Report on the cholera epidemic of
Year: 1868
Disease focus: Cholera
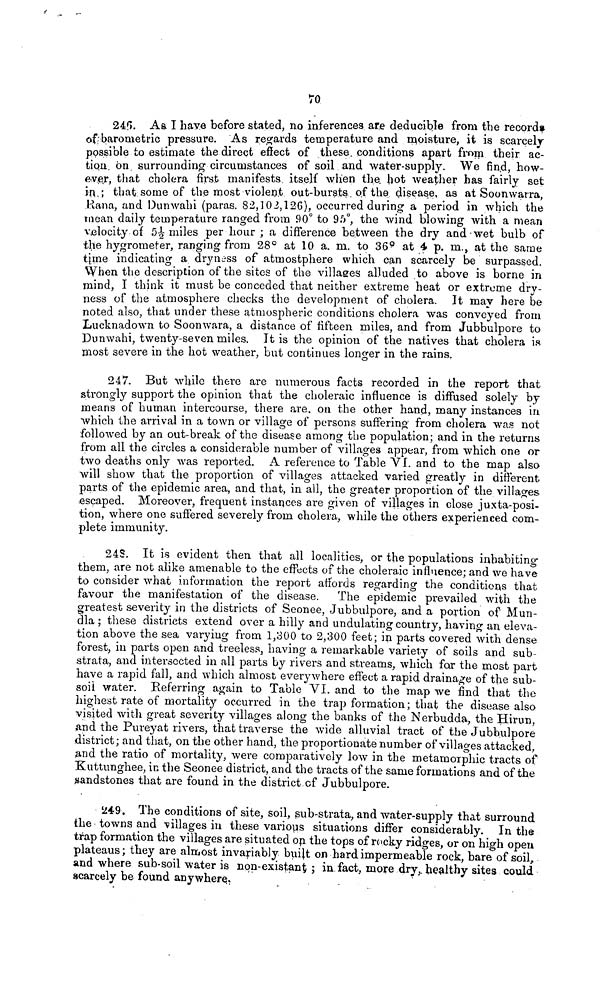
70
246. As. I have before stated, no inferences are deducible from the record*
of barometric pressure. As regards temperature and moisture, it is scarcely-
possible to estimate the direct effect of these, conditions apart from their ac-
tiQii on surrounding circumstances of soil and water-supply. We find, how-
ever, that cholera first manifests, itself when the hot weather has fairly set
in; that some of the most violent out-bursts of the disease, as at Soonwarra,
liana, and Dunwahi (paras. 82,103,126), occurred during a period in which the
mean daily temperature ranged from 90° to 95°, the wind blowing with a mean
velocity of ½ miles per hour ; a difference between the dry and wet bulb of
the hygrometer, ranging from 28° at 10 a. m. to 36 o at 4 p. m., at the same
time indicating a dryness of atmostphere which can scarcely be surpassed.
When the description of the sites of the villages alluded to above is borne in
mind, I think it must be conceded that neither extreme heat or extreme dry-
ness of the atmosphere checks the development of cholera. It may here be
noted also, that under these atmospheric conditions cholera was conveyed from
Lucknadown to Soonwara, a distance of fifteen miles, and from Jubbulpore to
Dunwahi, twenty-seven miles. It is the opinion of the natives that cholera is
most severe in the hot weather, but continues longer in the rains.
247. But while there are numerous facts recorded in the report that
strongly support the opinion that the choleraic influence is diffused solely by
means of human intercourse, there are, on the other hand, many instances in
which the arrival in a town or village of persons suffering from cholera was not
followed by an out-break of the disease among the population; and in the returns
from all the circles a considerable number of villages appear, from which one or
two deaths only was reported. A reference to Table VI. and to the map also
will show that the proportion of villages attacked varied greatly in different
parts of the epidemic area, and that, in all, the greater proportion of the villages
escaped. Moreover, frequent instances are given of villages in close juxta-posi-
tion, where one suffered severely from cholera, while the others experienced com-
plete immunity.
248. It is evident then that all localities, or the populations inhabiting
them, are not alike amenable to the effects of the choleraic influence; and we have
to consider what information the report affords regarding the conditions that
favour the manifestation of the disease. The epidemic prevailed with the
greatest severity in the districts of Seonee, Jubbulpore, and a portion of Mun-
dla ; these districts extend over a hilly and undulating country, having an eleva-
tion above the sea varying from 1,300 to 2,300 feet; in parts covered with dense
forest, in parts open and treeless, having a remarkable variety of soils and sub-
strata, and intersected in all parts by rivers and streams, which far the most part
have a rapid fall, and which almost everywhere effect a rapid drainage of the sub-
soil water. Referring again to Table VI. and to the map we find that the
highest rate of mortality occurred in the trap formation; that the disease also
visited with great seventy villages along the banks of the Nerbudda, the Hirun,
and the Pureyat rivers, that traverse the wide alluvial tract of the Jubbulpore
district; and that, on the other hand, the proportionate number of villages attacked,
and the ratio of mortality, were comparatively low in the metamorphic tracts of
Kuttunghee, in the Seonee district, and the tracts of the same formations and of the
sandstones that are found in the district of Jubbulpore.
249. The conditions of site, soil, sub-strata, and water-supply that surround
the towns and villages in these various situations differ considerably. In the
trap formation the villages are situated on the tops of rocky ridges, or on high open
plateaus; they are almost invariably built on hard impermeable rock, bare of soil,
and where sub-soil water is non-existant ; in fact, more dry, healthy sites could
scarcely be found anywhere.